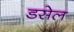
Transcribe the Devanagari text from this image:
डसेल